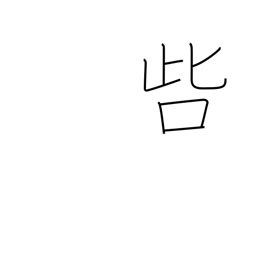
Meaning: censure